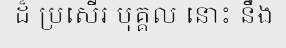
ដ៏ ប្រសើរ បុគ្គល នោះ នឹង